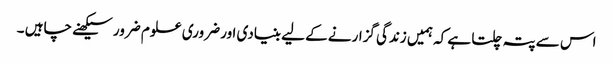
اس سے پتہ چلتا ہے کہ ہمیں زندگی گزارنے کے لیے بنیادی اور ضروری علوم ضرور سیکھنے چاہیں ۔